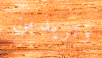
وتريدين